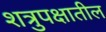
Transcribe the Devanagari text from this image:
शत्रुपक्षातील